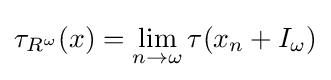
\tau _{R^{\omega }}(x)=\lim _{n\rightarrow \omega }\tau (x_{n}+I_{\omega })